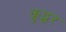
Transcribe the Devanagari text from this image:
कुट्चर